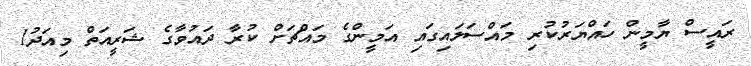
ރައީސް ޔާމީން ހައްޔަރުކުރި މައްސަލައިގައި އަމީންގެ މައްޗަށް ކުރާ ދައުވާގެ ޝަރީއަތް މިއަދު1